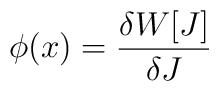
\phi (x)={\frac{\delta W[J]}{\delta J}}